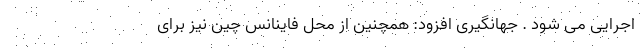
اجرایی می شود . جهانگیری افزود: همچنین از محل فاینانس چین نیز برای